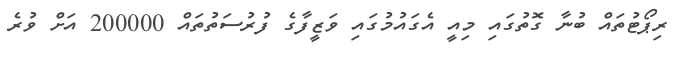
ރިޕޯޓުތައް ބުނާ ގޮތުގައި މިއީ އެގައުމުގައި ވަޒީފާގެ ފުރުސަތުތައް 200000 އަށް ވުރެ